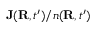
{ \bf J } ( { \bf R } , t ^ { \prime } ) / n ( { \bf R } , t ^ { \prime } )